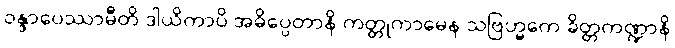
ဝန္ဒာပေဿာမီတိ ဒါယိကာပိ အဓိပ္ပေတာနိ ကတ္တုကာမေန သဗြဟ္မကေ ခိတ္တကဏ္ဍာနိ